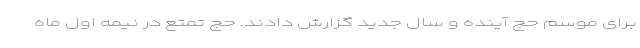
برای موسم حج آینده و سال جدید گزارش دادند. حج تمتع در نیمه اول ماه